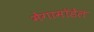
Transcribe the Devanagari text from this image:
मेगामॉडेल